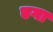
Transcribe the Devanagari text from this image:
एगा